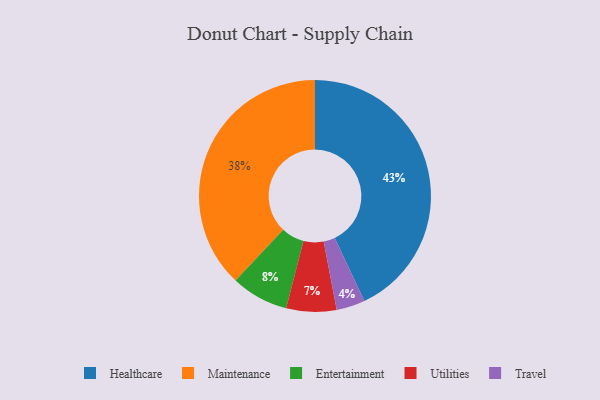
{"axis": {"x": "Category", "y": "Percentage"}, "legend": ["Entertainment", "Healthcare", "Maintenance", "Travel", "Utilities"], "data": [{"x": "Utilities", "y": 7, "type": "Utilities"}, {"x": "Maintenance", "y": 38, "type": "Maintenance"}, {"x": "Entertainment", "y": 8, "type": "Entertainment"}, {"x": "Healthcare", "y": 43, "type": "Healthcare"}, {"x": "Travel", "y": 4, "type": "Travel"}]}